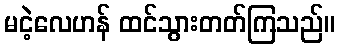
မငဲ့လေဟန် ထင်သွားတတ်ကြသည်။